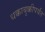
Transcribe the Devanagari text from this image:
धक्काबुक्कीपर्यंत